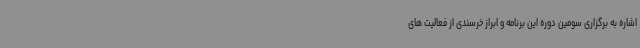
اشاره به برگزاری سومین دوره این برنامه و ابراز خرسندی از فعالیت های